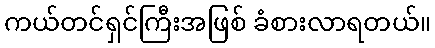
ကယ်တင်ရှင်ကြီးအဖြစ် ခံစားလာရတယ်။